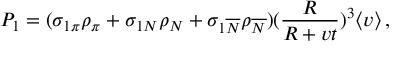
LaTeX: P _ { 1 } = ( \sigma _ { 1 \pi } \rho _ { \pi } + \sigma _ { 1 N } \rho _ { N } + \sigma _ { 1 \overline { { { N } } } } \rho _ { \overline { { { N } } } } ) ( \frac { R } { R + v t } ) ^ { 3 } \langle v \rangle \, ,